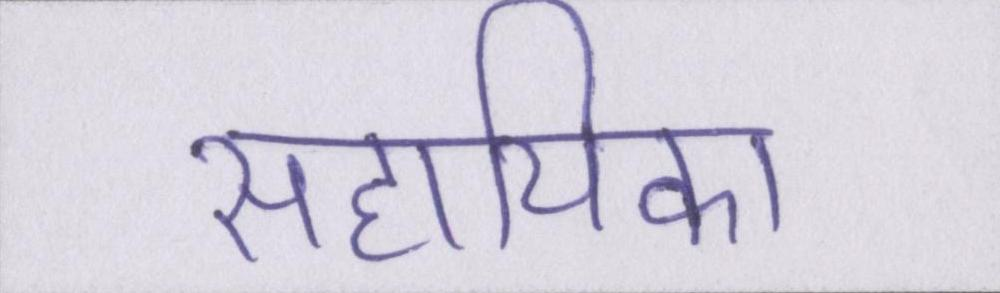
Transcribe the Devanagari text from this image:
सहायिका